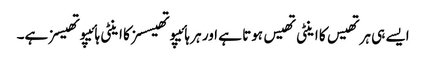
ایسے ہی ہرتھیس کا اینٹی تھیس ہوتا ہے اور ہر ہائیپوتھیسسز کا اینٹی ہائیپوتھیسز ہے۔